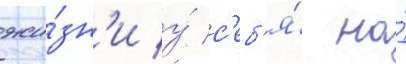
жи́зн'и у́ с'еб'я́ на́